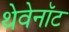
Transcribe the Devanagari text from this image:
थेवेनॉट